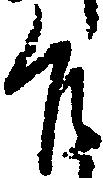
殿